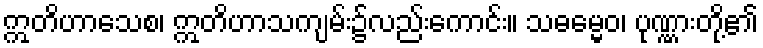
ဣတိဟာသေစ၊ ဣတိဟာသကျမ်း၌လည်းကောင်း။ သဓမ္မေဝ၊ ပုဏ္ဏားတို့၏